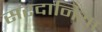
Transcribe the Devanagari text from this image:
सरदानिया